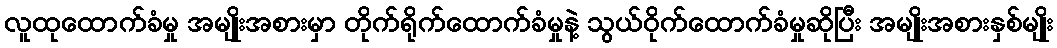
လူထုထောက်ခံမှု အမျိုးအစားမှာ တိုက်ရိုက်ထောက်ခံမှုနဲ့ သွယ်ဝိုက်ထောက်ခံမှုဆိုပြီး အမျိုးအစားနှစ်မျိုး